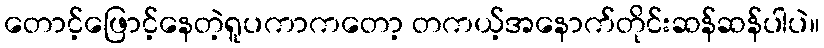
တောင့်ဖြောင့်နေတဲ့ရူပကာကတော့ တကယ့်အနောက်တိုင်းဆန်ဆန်ပါပဲ။